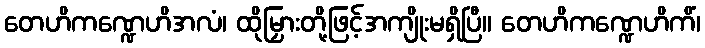
တေဟိကဏ္ဍေဟိအလံ၊ ထိုမြှားတို့ဖြင့်အကျိုးမရှိပြီ။ တေဟိကဏ္ဍေဟိကိံ၊